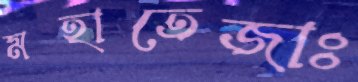
মহাতেজাঃ